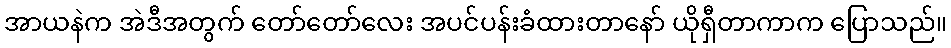
အာယနဲက အဲဒီအတွက် တော်တော်လေး အပင်ပန်းခံထားတာနော် ယိုရှီတာကာက ပြောသည်။